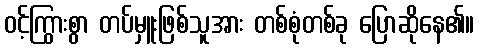
ဝင့်ကြွားစွာ တပ်မှူးဖြစ်သူအား တစ်စုံတစ်ခု ပြောဆိုနေ၏။